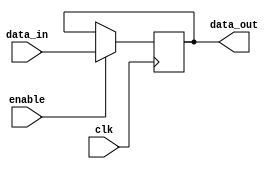
module hold_condition (
    input wire clk,            // Clock input
    input wire enable,         // Enable signal to control hold condition
    input wire [7:0] data_in,  // Input data to update the internal state
    output reg [7:0] data_out   // Output data representing the held state
);

    // Initial state for the output
    initial begin
        data_out = 8'd0; // Initialize internal state to 0
    end

    // Always block to handle the hold condition
    always @(posedge clk) begin
        if (enable) begin
            // If enable is high, update the internal state
            data_out <= data_in; // Update output with input data
        end
        // If enable is low, data_out retains its current value
    end

endmodule